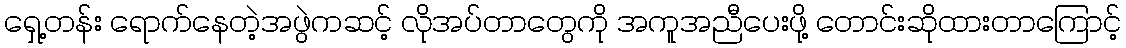
ရှေ့တန်း ရောက်နေတဲ့အဖွဲကဆင့် လိုအပ်တာတွေကို အကူအညီပေးဖို့ တောင်းဆိုထားတာကြောင့်